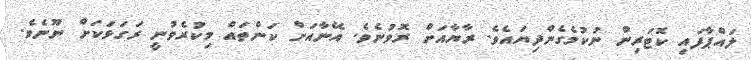
ލައްޕާފައި ކޮޓަރިން ނުކުމެގެންދިޔައެވެ. ރާޔާއަށް ރޮވުނެވެ. އޭނާއަށް ކަންތައް މިކުރެވުނީ ރަގަޅަކަށް ނޫނެވެ.